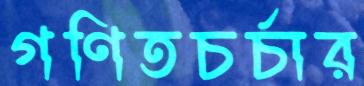
গণিতচর্চার